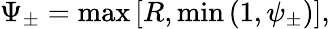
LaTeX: \Psi_{\pm}=\operatorname*{max}\left[R,\operatorname*{min}\left(1,\psi_{\pm}\right)\right],